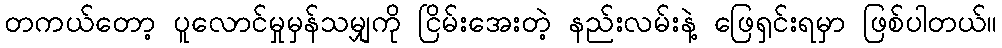
တကယ်တော့ ပူလောင်မှုမှန်သမျှကို ငြိမ်းအေးတဲ့ နည်းလမ်းနဲ့ ဖြေရှင်းရမှာ ဖြစ်ပါတယ်။